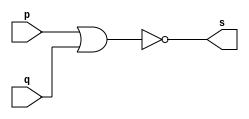
// Exercicio 2 - NOR 
// Nome: Silvino Henrique Santos de Souza 

// ------------------------- 
// -- nor gate 
// ------------------------- 
module norgate (output s, input p, input q);  
	assign s = ~(p | q); 
endmodule 

// ------------------------- 
// -- test nor gate 
// ------------------------- 
module testnorgate; 
	reg a,b; 	 
	wire s; 
	norgate NOR1 (s, a, b); 
	
	initial begin:start 
		a=0;b=0; // valor inicial 
	end 

	initial begin:main 
		$display("Exercicio 2 - Silvino Henrique Santos de Souza - 412773"); 
		$display("Test NOR Gate:"); 
		$display("\n ~(a | b) = s\n");
		$monitor("%b ~| %b = %b", a,b,s);
		#1 a=0; b=0; 
		#1 a=0; b=1;
		#1 a=1; b=0;  
		#1 a=1; b=1; 
	end 
endmodule